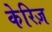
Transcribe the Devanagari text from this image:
केरिज़